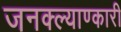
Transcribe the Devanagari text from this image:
जनक्ल्याण्कारी